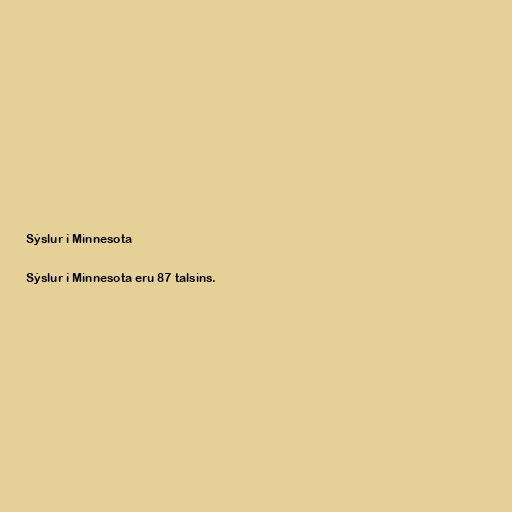
Sýslur í Minnesota

Sýslur í Minnesota eru 87 talsins.